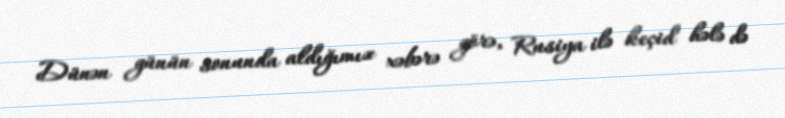
Dünən günün sonunda aldığımız xəbərə görə, Rusiya ilə keçid hələ də